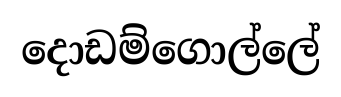
දොඩම්ගොල්ලේ